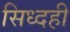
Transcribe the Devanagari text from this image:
सिध्दही